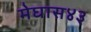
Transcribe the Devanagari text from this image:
मेघास४३